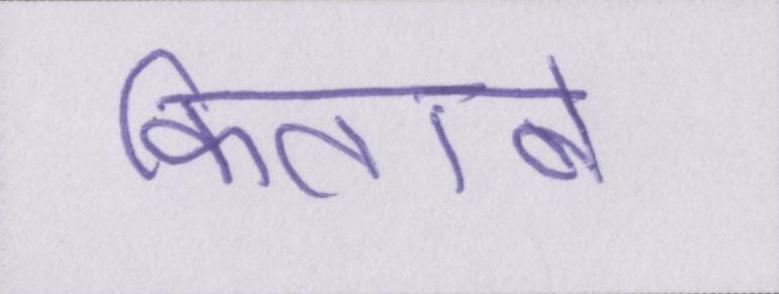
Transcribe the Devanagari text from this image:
किताबें